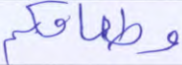
وطعامكم